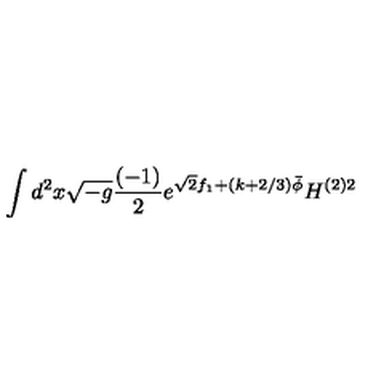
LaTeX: \int d ^ { 2 } x \sqrt { - g } \frac { ( - 1 ) } { 2 } e ^ { \sqrt { 2 } f _ { 1 } + ( k + 2 / 3 ) \bar { \phi } } H ^ { ( 2 ) 2 }